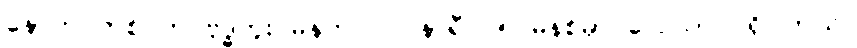
နောက် တစ်ပတ် ဗုဒ္ဓဟူး မနက် ၁၀ နာရီ ၁၅ မိနစ်မှာ လေယာဉ် ရှိပါတယ်။